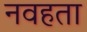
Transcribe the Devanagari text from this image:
नवहता